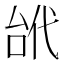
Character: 𠳙